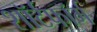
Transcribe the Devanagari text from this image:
शॉर्टफॉर्म